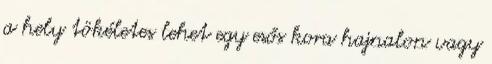
a hely tökéletes lehet egy esős kora hajnalon vagy